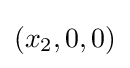
(x_{2},0,0)